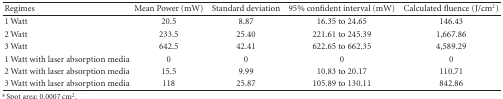
<table><thead><tr><td><b>Regimes</b></td><td><b>Mean Power (mW)</b></td><td><b>Standard deviation</b></td><td><b>95% confident interval (mW)</b></td><td><b>Calculated fluence (J/cm<sup>2</sup>)</b></td></tr></thead><tbody><tr><td>1 Watt </td><td>20.5</td><td>8.87</td><td>16.35 to 24.65</td><td>146.43</td></tr><tr><td>2 Watt</td><td>233.5</td><td>25.40</td><td>221.61 to 245.39</td><td>1,667.86</td></tr><tr><td>3 Watt</td><td>642.5</td><td>42.41</td><td>622.65 to 662.35</td><td>4,589.29</td></tr><tr><td>1 Watt with laser absorption media </td><td>0</td><td>0</td><td>0</td><td>0</td></tr><tr><td>2 Watt with laser absorption media</td><td>15.5</td><td>9.99</td><td>10.83 to 20.17</td><td>110.71</td></tr><tr><td>3 Watt with laser absorption media</td><td>118</td><td>25.87</td><td>105.89 to 130.11</td><td>842.86</td></tr></tbody></table>